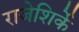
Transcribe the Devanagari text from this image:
राजेशिर्के